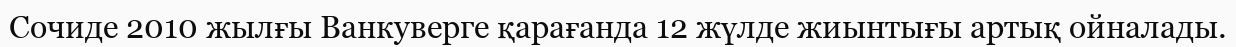
Сочиде 2010 жылғы Ванкуверге қарағанда 12 жүлде жиынтығы артық ойналады.